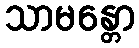
သာမန္တော